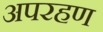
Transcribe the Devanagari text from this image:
अपरहण